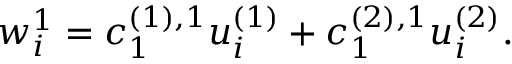
w _ { i } ^ { 1 } = c _ { 1 } ^ { ( 1 ) , 1 } u _ { i } ^ { ( 1 ) } + c _ { 1 } ^ { ( 2 ) , 1 } u _ { i } ^ { ( 2 ) } .